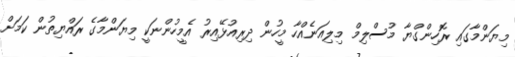
މިޔަންމާގައި ރޮހިންގްޔާ މުސްލިމް މިލިއަނެއްހާ މީހުން ދިރިއުޅޭއިރު އެމީހުންނަކީ މިޔަންމާގެ ރައްޔިތުން ކަމަށް